system: You are a helpful assistant.
user:
Analyze the provided spectrum to determine if it is a **Carbon Star (C-type)**.

- **Key Visual Indicators of Carbon Star:**
    - **(Primary):** Strong molecular absorption from **C₂ (diatomic carbon) "Swan Bands."** This is the **defining feature** of a carbon star.
        - **(Key Bandheads):** Sharp absorption edges are visible at approximately $5635$ Å, $5165$ Å (the strongest band), and $4737$ Å.
        - **(Line Profile):** Creates a distinct **"saw-tooth"** pattern. The key morphology is a sharp, steep bandhead on the **red (long-wavelength) side**, which then gradually tapers off (i.e., flux recovers) towards the **blue (short-wavelength) side**. *(This is the direct opposite of the TiO bands seen in M-type stars)*.

    - **(Secondary):** Intense **CN (cyanogen)** molecular absorption bands.
        - **(Key Bandheads):** Located in the blue and violet regions of the spectrum (e.g., near $4215$ Å and $3883$ Å).
        - **(Morphology):** These bands are extremely broad and act as a "blanket," absorbing the vast majority of blue and violet light. This creates a characteristic **"cliff"** or **"steep drop-off"** in the spectrum's flux at short wavelengths.

    - **(Key Confirmation):** Strong **CH absorption band (G-band)**.
        - **(Key Bandhead):** Located around $4300$ Å. The contribution from CH molecules to this band is exceptionally strong.

    - **(Overall Spectrum):**
        - The continuum is severely "chopped up" by these deep molecular bands, especially C₂, rather than appearing as a smooth curve.
        - Due to the heavy CN and C₂ absorption in the blue-green, the vast majority of the star's flux is concentrated in the red part of the spectrum, giving the star its characteristic deep red color.

Think first, call **spectral_visualization_tool** if needed to examine features in detail, then provide your final answer. Your response must adhere to the following strict rules:
1.  **Overall Structure:** Your response must follow the format `<think>...</think> <tool_call>...</tool_call> (if a tool is used) <answer>...</answer>`.
2.  **Tool Usage Constraint:** You may only make **one** tool call per turn.
3.  **Final Answer Format:** In the `<answer>` tag, your conclusion must be inside a `\boxed{}` command (e.g., `\boxed{YES}`), followed by your justification.

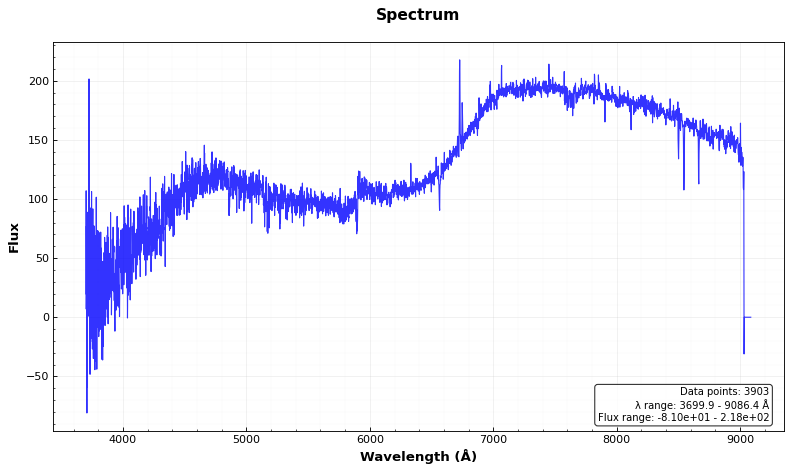
Answer: NO